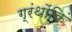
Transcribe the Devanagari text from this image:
ग्रंथोंकिं